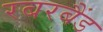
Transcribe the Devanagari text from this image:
रबरबैंड